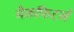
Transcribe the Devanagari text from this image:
मैकफिटर्स